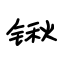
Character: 锹